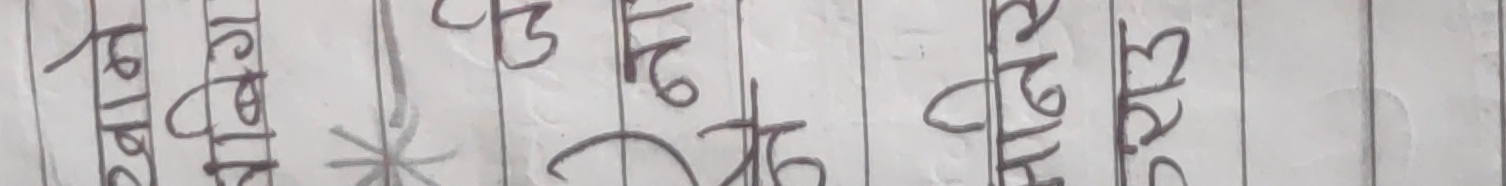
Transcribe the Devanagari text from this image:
पडु२ निमास * मज४ च१ढो नोठ७ कासख सुन८ कफ७ मगो०